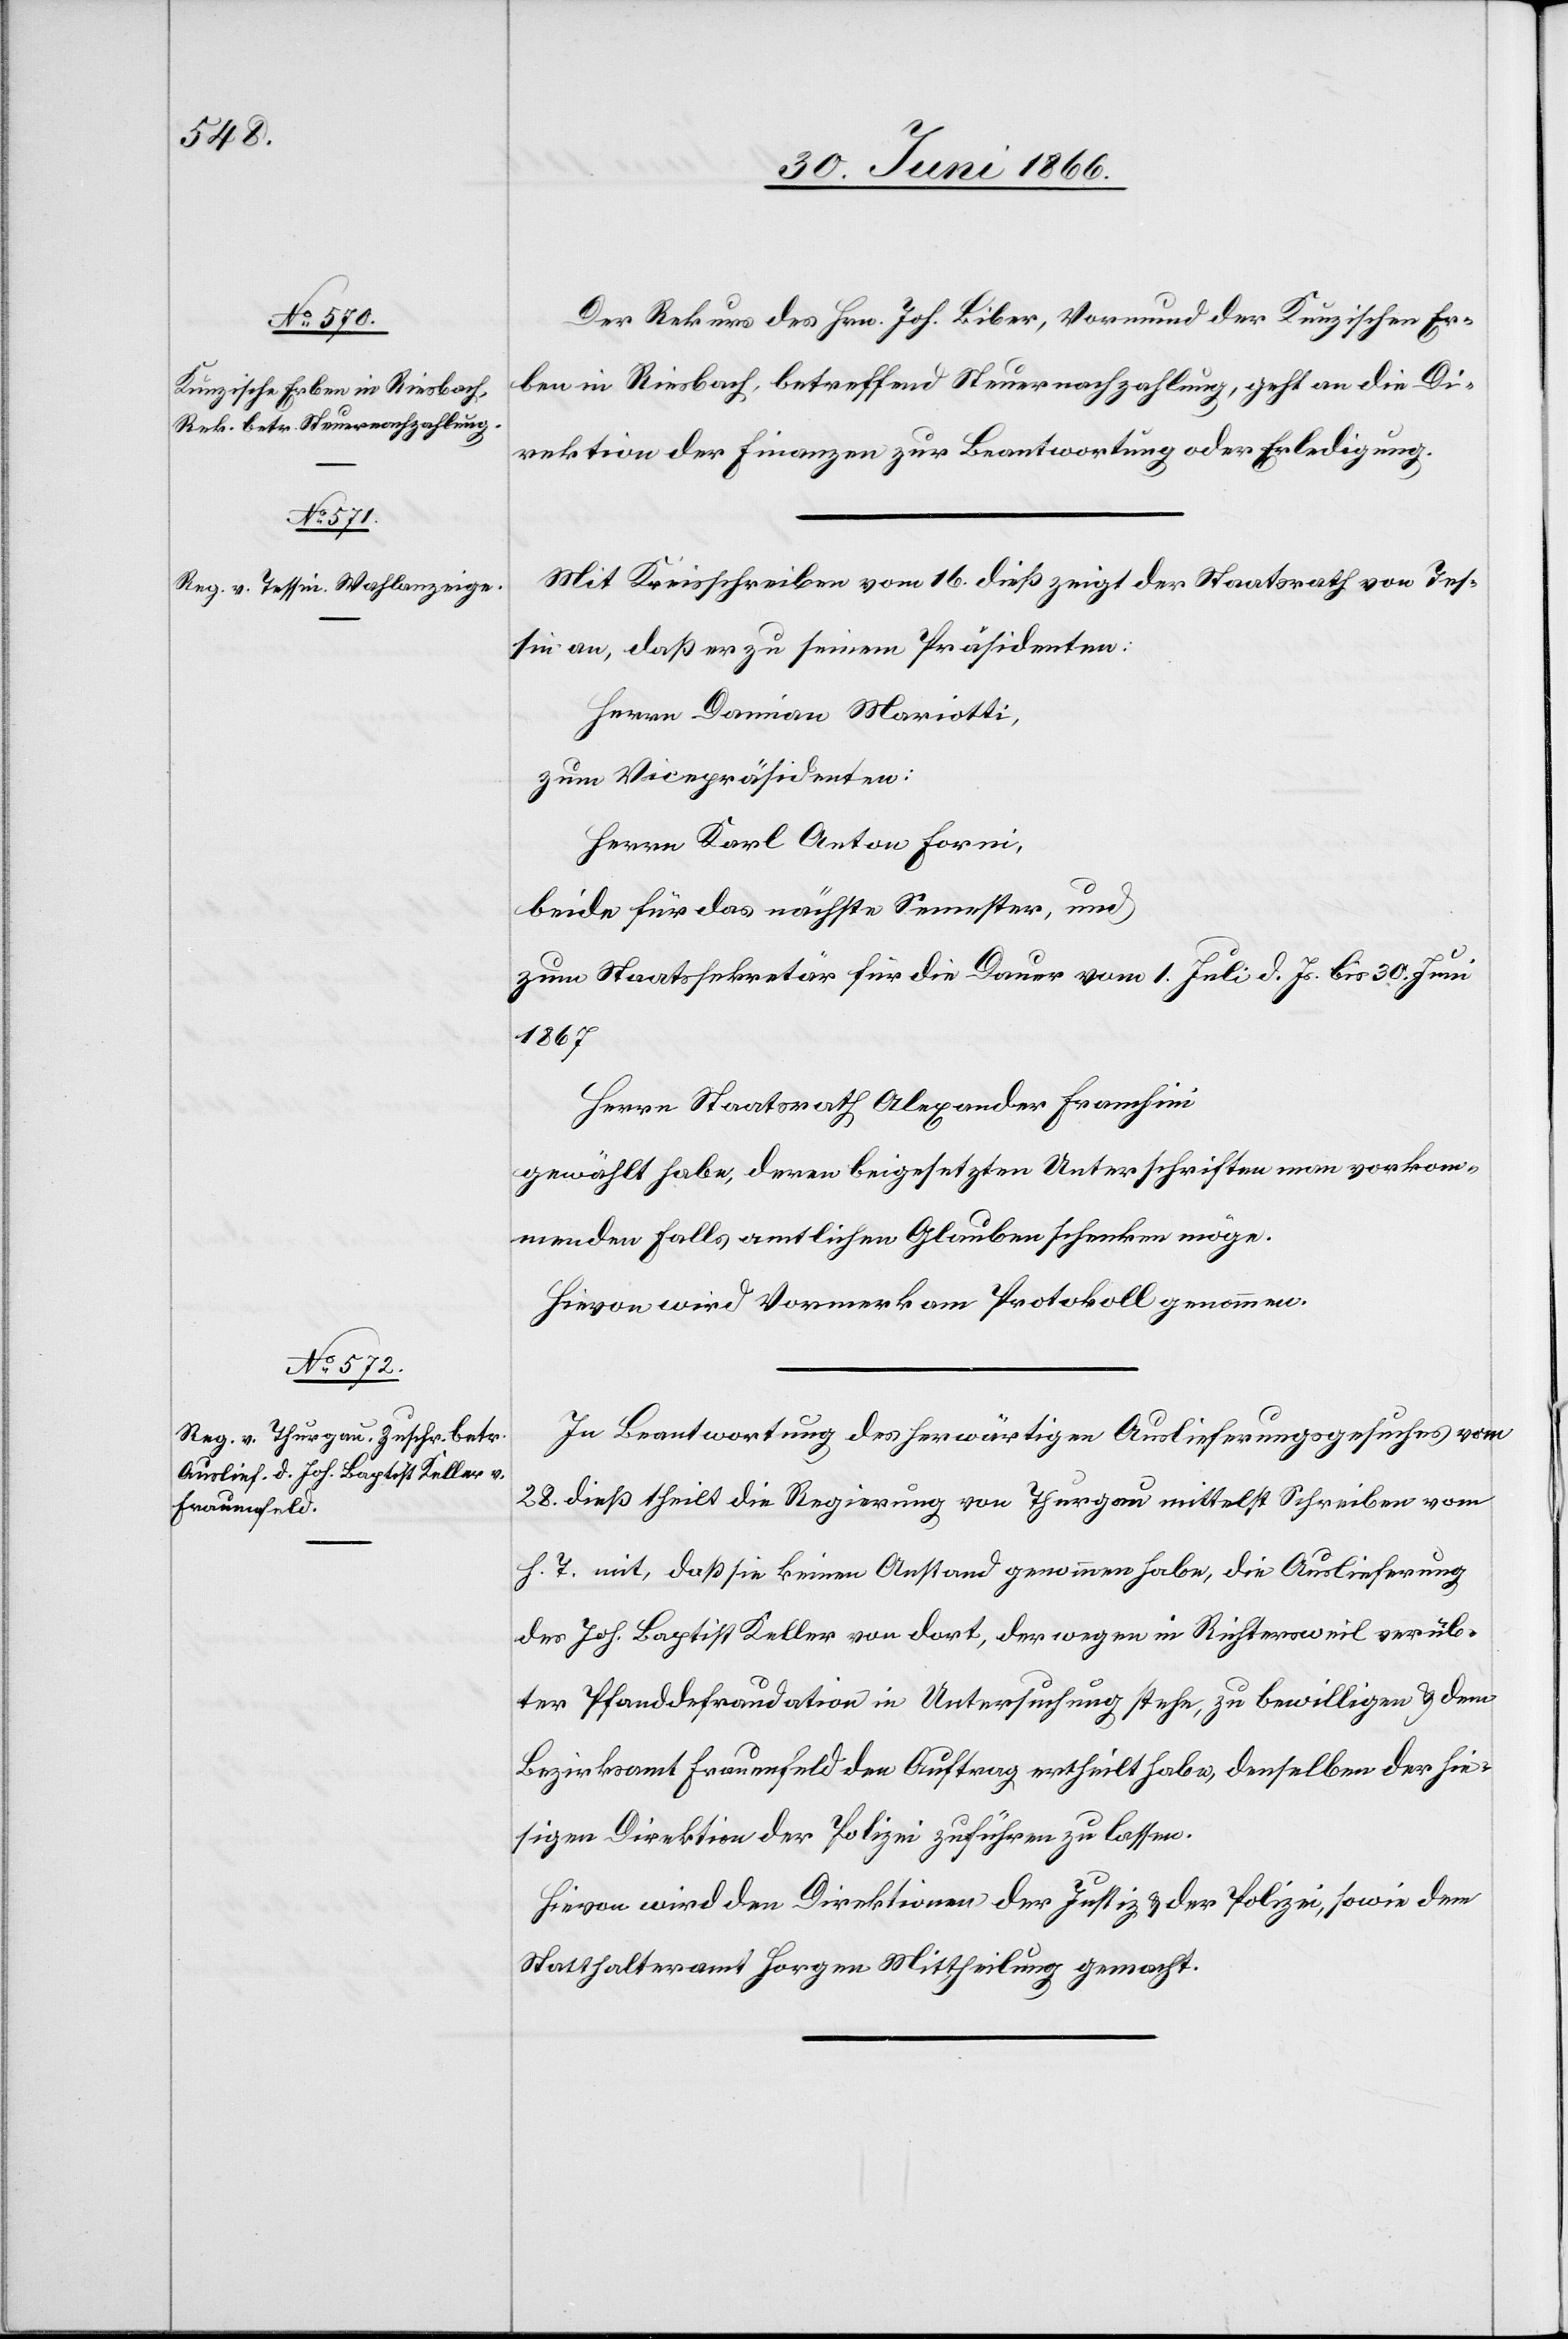
30. Juni 1866.]
Der Rekurs des Hrn. Joh. Biber, Vormund der Kunzischen Er¬
ben in Riesbach, betreffend Steuernachzahlung, geht an die Di¬
rektion der Finanzen zur Beantwortung oder Erledigung.
Mit Kreisschreiben vom 16. dieß zeigt der Staatsrath von Tes¬
sin an, daß er zu seinem Präsidenten:
Herrn Damian Mariotti,
zum Vicepräsidenten:
Herrn Karl Anton Formi,
beide für das nächste Semester, und
zum Staatssekretär für die Dauer vom 1. Juli d. Js. bis 30. Juni
1867
Herrn Staatsrath Alexander Franchini
gewählt habe, deren beigesetzten Unterschriften man vorkom¬
menden Falls amtlichen Glauben schenken möge.
Hievon wird Vormerk am Protokoll genommen.
In Beantwortung des herwärtigen Auslieferungsgesuches vom
28. dieß theilt die Regierung von Thurgau mittelst Schreiben vom
h. T. mit, daß sie keinen Anstand genommen habe, die Auslieferung
des Joh. Baptist Keller von dort, der wegen in Richtersweil verüb¬
ter Pfanddefraudation in Untersuchung stehe, zu bewilligen u. dem
Bezirksamt Frauenfeld den Auftrag ertheilt habe, demselben der hie¬
sigen Direktion der Polizei zuführen zu lassen.
Hievon wird den Direktionen der Justiz u. der Polizei, sowie dem
Statthalteramt Horgen Mittheilung gemacht.